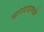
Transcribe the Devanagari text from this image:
धारवाडमध्ये